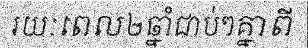
រយៈពេល២ឆ្នាំជាប់ៗគ្នាពី